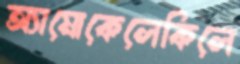
অ্যামোকেলেকিলে